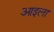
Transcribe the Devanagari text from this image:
आइला